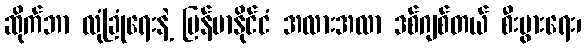
ဆိုက်ဘာ လုံခြုံရေးနဲ့ မြန်မာနိုင်ငံ အလားအလာ ဒစ်ဂျစ်တယ် စီးပွားရေး၊